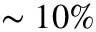
\sim 1 0 \%